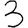
Digit: 3